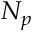
N _ { p }